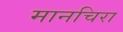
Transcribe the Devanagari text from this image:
मानचिरा